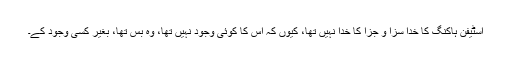
اسٹیفن ہاکنگ کا خدا سزا و جزا کا خدا نہیں تھا، کیوں کہ اس کا کوئی وجود نہیں تھا، وہ بس تھا، بغیر کسی وجود کے۔